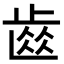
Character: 𮮽